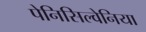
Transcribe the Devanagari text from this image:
पेनिसिल्‍वेनिया